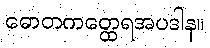
ဓောတကတ္ထေရအပဒါန။